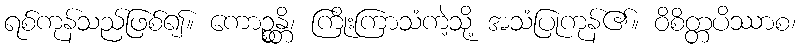
ရစ်ကုန်သည်ဖြစ်၍။ ကောဉ္စန္တိ၊ ကြိုးကြာသံကဲ့သို့ အသံပြုကုန်၏။ ဝိစိတ္တပိဿာစ၊